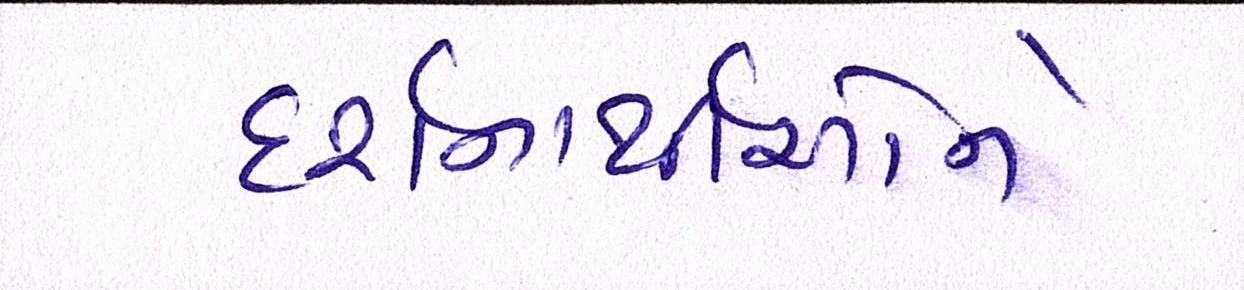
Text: દર્શનાર્થીઓને